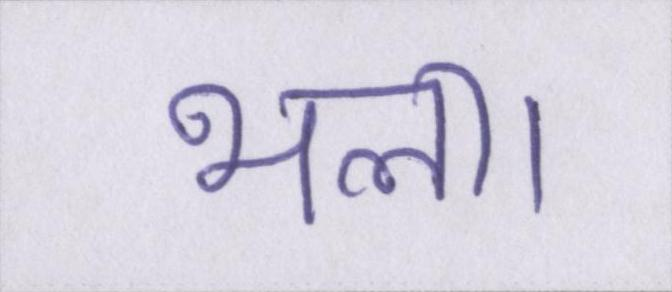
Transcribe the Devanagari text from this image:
भला।